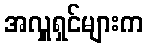
အလှူရှင်များက